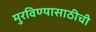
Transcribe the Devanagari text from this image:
मुरविण्यासाठीची